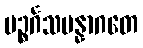
ပဉ္စင်္ဂသမန္နာဂတေ